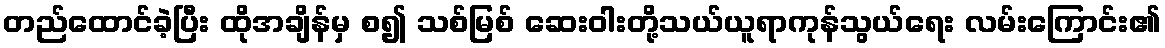
တည်ထောင်ခဲ့ပြီး ထိုအချိန်မှ စ၍ သစ်မြစ် ဆေးဝါးတို့သယ်ယူရာကုန်သွယ်ရေး လမ်းကြောင်း၏